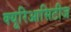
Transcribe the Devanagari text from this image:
क्यूरिआसिटीज